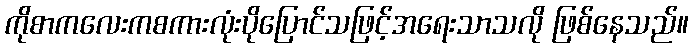
ကိုစာကလေးကစကားလုံးပိုပြောင်သဖြင့်အရေးသာသလို ဖြစ်နေသည်။